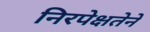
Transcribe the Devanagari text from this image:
निरपेक्षतेने